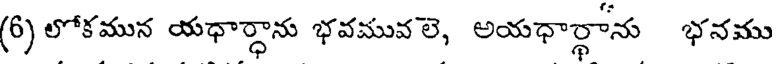
(6) లోకమున యధార్ధాను భవమువలె, అయధార్థాను భనము